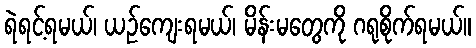
ရဲရင့်ရမယ်၊ ယဉ်ကျေးရမယ်၊ မိန်းမတွေကို ဂရုစိုက်ရမယ်။